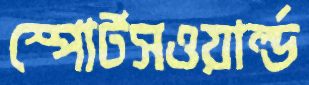
স্পোর্টসওয়ার্ল্ড